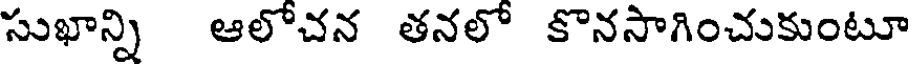
సుఖాన్ని ఆలోచన తనలో కొనసాగించుకుంటూ